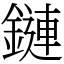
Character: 鏈